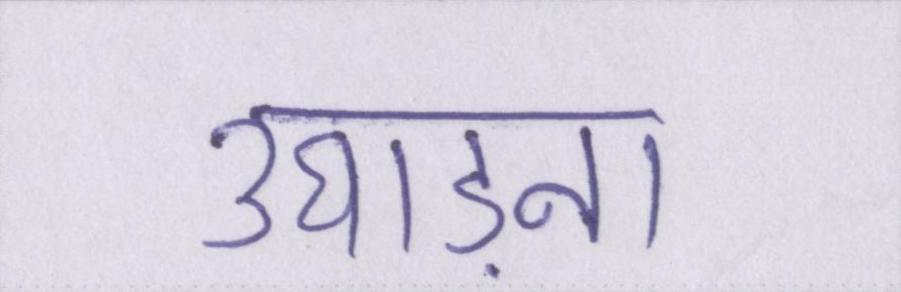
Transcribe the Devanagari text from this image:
उघाड़ना